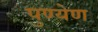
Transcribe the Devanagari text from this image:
पुण्येण